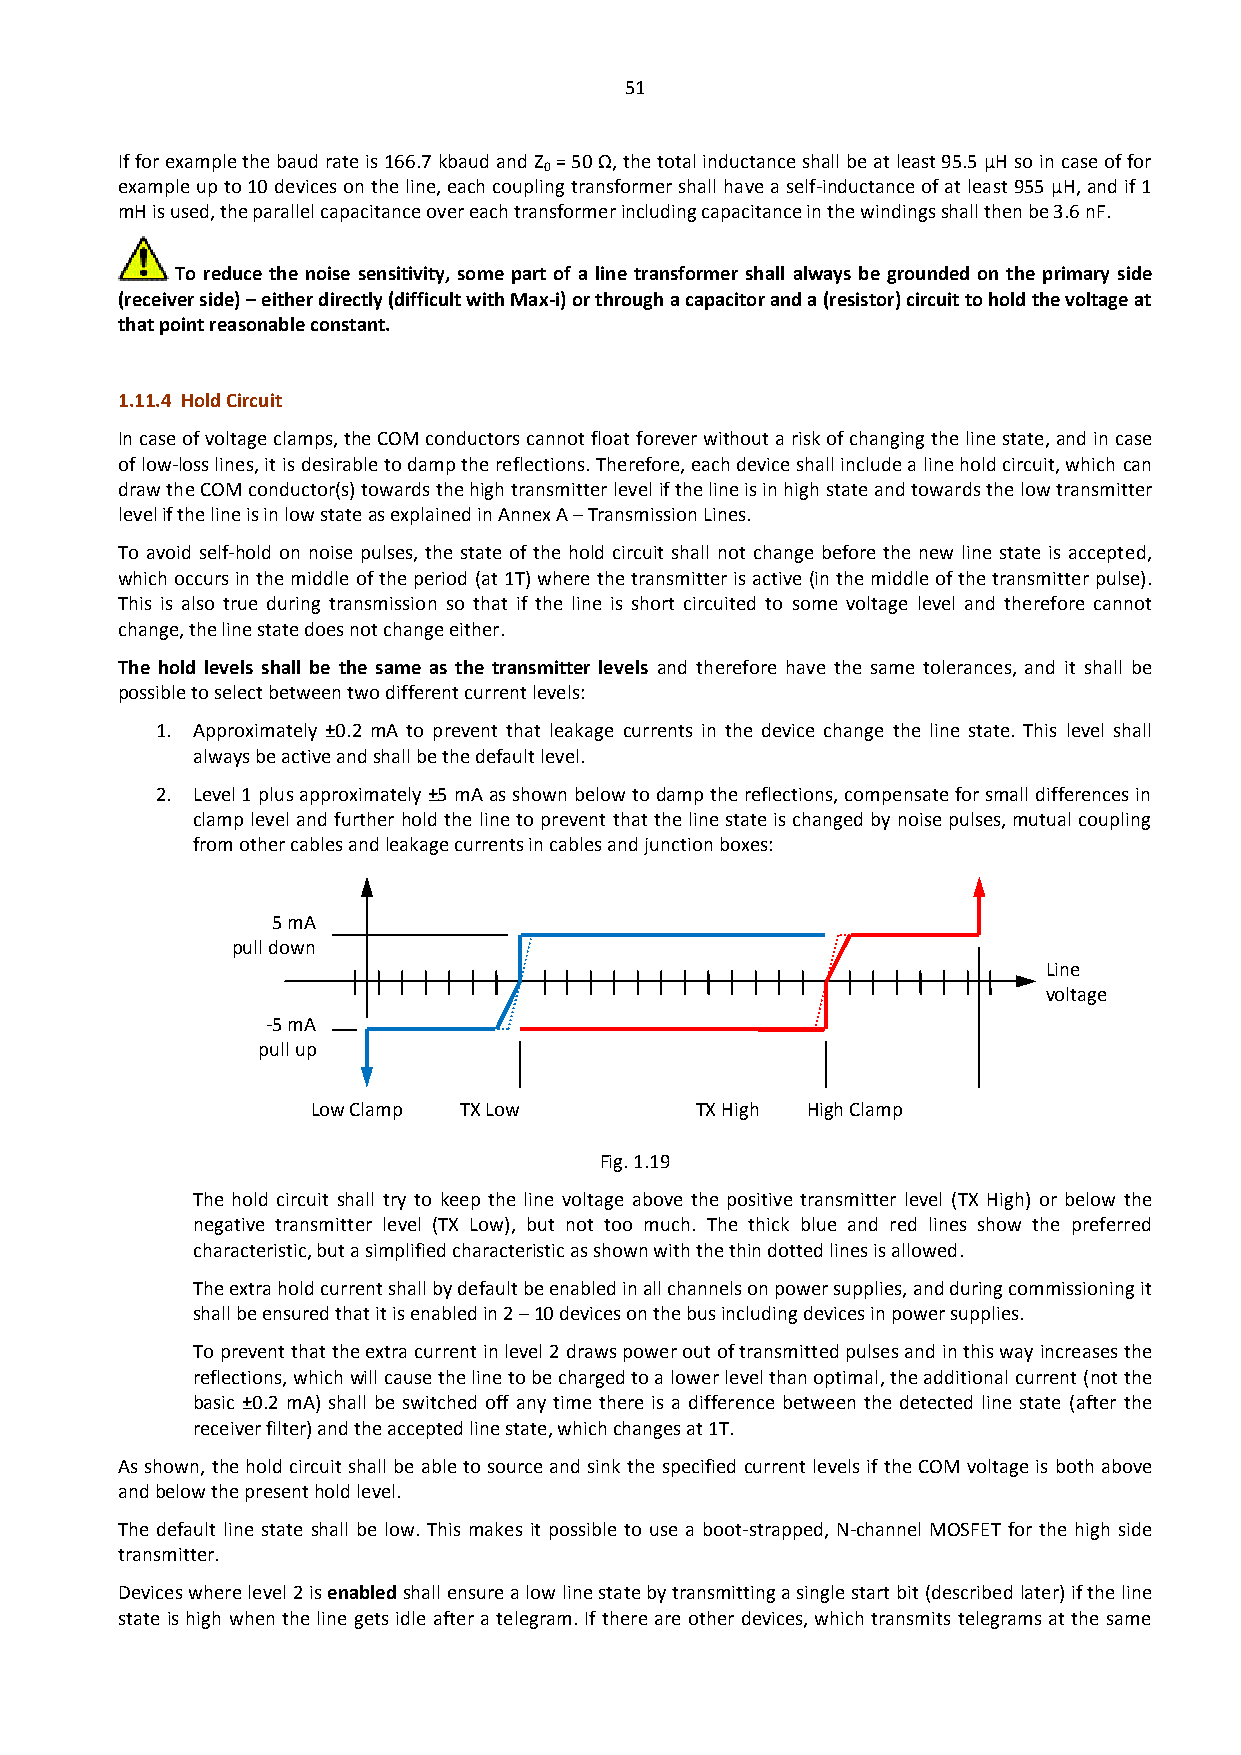
51
 If for example the baud rate is 166.7 kbaud and Z = 50 Ω, the total inductance shall be at least 95.5 µH so in case of for
 0
 example up to 10 devices on the line, each coupling transformer shall have a self-inductance of at least 955 µH, and if 1
 mH is used, the parallel capacitance over each transformer including capacitance in the windings shall then be 3.6 nF.
 To reduce the noise sensitivity, some part of a line transformer shall always be grounded on the primary side
 (receiver side) – either directly (difficult with Max-i) or through a capacitor and a (resistor) circuit to hold the voltage at
 that point reasonable constant.
 1.11.4 Hold Circuit
 In case of voltage clamps, the COM conductors cannot float forever without a risk of changing the line state, and in case
 of low-loss lines, it is desirable to damp the reflections. Therefore, each device shall include a line hold circuit, which can
 draw the COM conductor(s) towards the high transmitter level if the line is in high state and towards the low transmitter
 level if the line is in low state as explained in Annex A – Transmission Lines.
 To avoid self-hold on noise pulses, the state of the hold circuit shall not change before the new line state is accepted,
 which occurs in the middle of the period (at 1T) where the transmitter is active (in the middle of the transmitter pulse).
 This is also true during transmission so that if the line is short circuited to some voltage level and therefore cannot
 change, the line state does not change either.
 The hold levels shall be the same as the transmitter levels and therefore have the same tolerances, and it shall be
 possible to select between two different current levels:
 1. Approximately ±0.2 mA to prevent that leakage currents in the device change the line state. This level shall
 always be active and shall be the default level.
 2. Level 1 plus approximately ±5 mA as shown below to damp the reflections, compensate for small differences in
 clamp level and further hold the line to prevent that the line state is changed by noise pulses, mutual coupling
 from other cables and leakage currents in cables and junction boxes:
 5 mA
 pull down
 Line
 voltage
 -5 mA
 pull up
 Low Clamp TX Low         TX High High Clamp
 Fig. 1.19
 The hold circuit shall try to keep the line voltage above the positive transmitter level (TX High) or below the
 negative transmitter level (TX Low), but not too much. The thick blue and red lines show the preferred
 characteristic, but a simplified characteristic as shown with the thin dotted lines is allowed.
 The extra hold current shall by default be enabled in all channels on power supplies, and during commissioning it
 shall be ensured that it is enabled in 2 – 10 devices on the bus including devices in power supplies.
 To prevent that the extra current in level 2 draws power out of transmitted pulses and in this way increases the
 reflections, which will cause the line to be charged to a lower level than optimal, the additional current (not the
 basic ±0.2 mA) shall be switched off any time there is a difference between the detected line state (after the
 receiver filter) and the accepted line state, which changes at 1T.
 As shown, the hold circuit shall be able to source and sink the specified current levels if the COM voltage is both above
 and below the present hold level.
 The default line state shall be low. This makes it possible to use a boot-strapped, N-channel MOSFET for the high side
 transmitter.
 Devices where level 2 is enabled shall ensure a low line state by transmitting a single start bit (described later) if the line
 state is high when the line gets idle after a telegram. If there are other devices, which transmits telegrams at the same